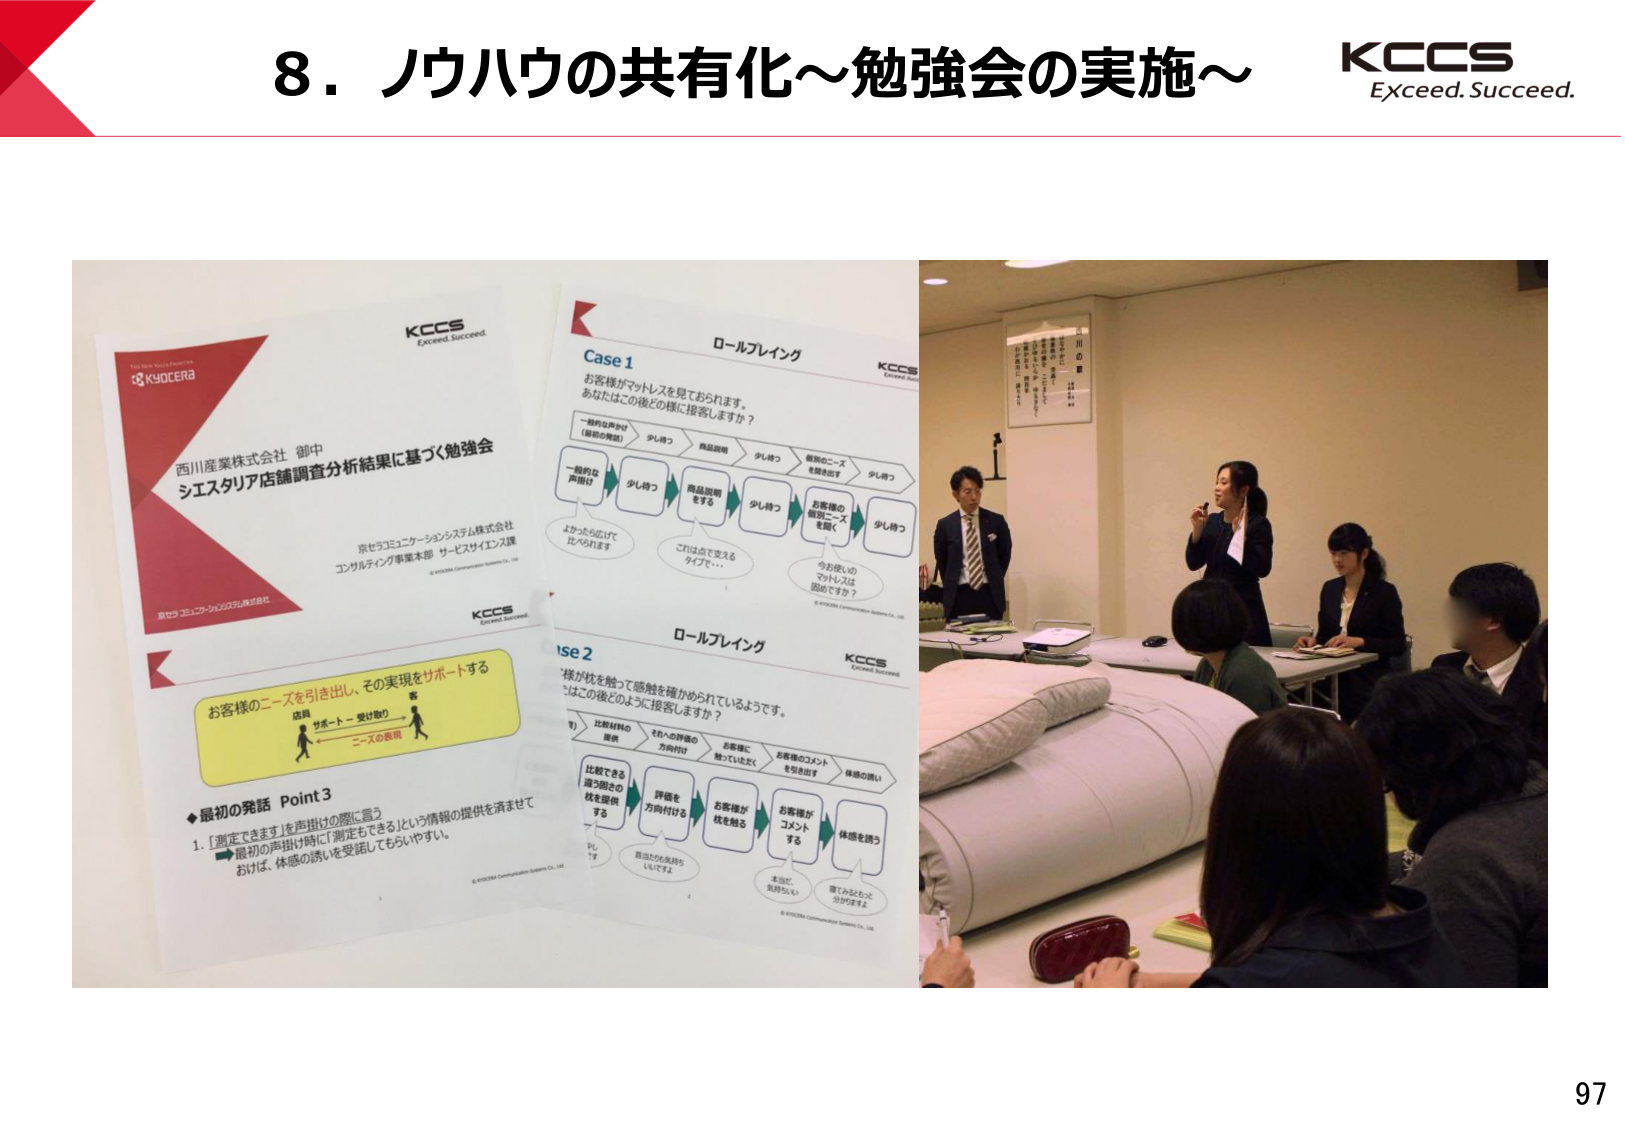
8．ノウハウの共有化～勉強会の実施～

KCCS
Exceed. Succeed.

KYOCERA
The New Value Factory

西川産業株式会社 御中
シエスタリア店舗調査分析結果に基づく勉強会

京セラコミュニケーションシステム株式会社
コンサルティング事業本部 サービスサイエンス課
© KYOCERA Communication Systems Co., Ltd.

KCCS
Exceed. Succeed.

Case 1
ロールプレイング

お客様がマットレスを見ておられます。
あなたはこの後どのように接客しますか？

一般的な声かけ
（最初の発話）
→ 少し待つ → 商品説明をする → 少し待つ → 個別のニーズを提示出す → 少し待つ

一般的な
声掛け
→ 少し待つ → 商品説明をする → 少し待つ → お客様の個別ニーズを聞く → 少し待つ

よかったらお試しして
比べられます
これは点で支えるタイプで…
今お使いのマットレスは固めですか？

KCCS
Exceed. Succeed.

Case 2
ロールプレイング

「様が枕を触って感触を確かめられているようです。
この後どのように接客しますか？」

比較材質の提供
→ それへの評価の方向付け → お客様に触っていただく → お客様のコメントを引き出す → 体感の誘い

比較できる違う固さの枕を提供する
→ 評価を方向付ける → お客様が枕を触る → お客様がコメントする → 体感を誘う

商品の力を気持ちいいですよ
本当に気持ちいい
寝てみるのもどうか分かりますよ

KCCS
Exceed. Succeed.

お客様のニーズを引き出し、その実現をサポートする
店員
サポート → 受け取り → ニーズの実現

◆最初の発話 Point 3
1. 「測定できます」を声掛けの際に言う
→ 最初の声掛け時に「測定もできる」という情報の提供を済ませておけば、体感の誘いを受諾してもらいやすい。

© KYOCERA Communication Systems Co., Ltd.

KCCS
Exceed. Succeed.

97